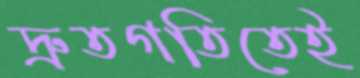
দ্রুতগতিতেই